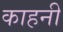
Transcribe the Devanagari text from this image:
काहनी